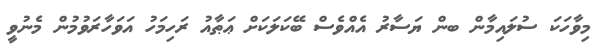
މިވާހަކަ ސުލައިމާން ބން ޔަސާރު އެއްވެސް ބޭކަލަކަށް ޢަޠާއު ރަހިމަހު އަވަހާރަވުމުން މެނުވީ